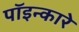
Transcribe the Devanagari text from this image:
पॉइन्कारे